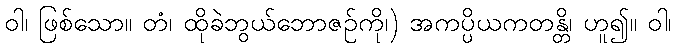
ဝါ၊ ဖြစ်သော။ တံ၊ ထိုခဲဘွယ်ဘောဇဉ်ကို၊) အကပ္ပိယကတန္တိ၊ ဟူ၍။ ဝါ၊